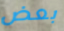
بعض